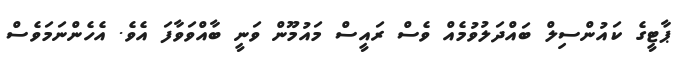
ޕާޓީގެ ކައުންސިލް ބައްދަލުވުމެއް ވެސް ރައީސް މައުމޫން ވަނީ ބާއްވަވާފަ އެވެ. އެހެންނަމަވެސް